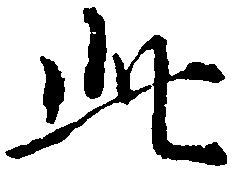
此